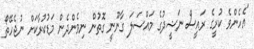
"އެހެންވެ ކުރީގެ ރައީސް ނަޝީދުގެ މައްސަލަ ގާނޫނީ ގޮތުން ނިމެންދެން މަޑުކުރާކަށް ނުޖެހޭތޯ